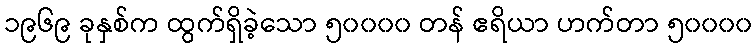
၁၉၆၉ ခုနှစ်က ထွက်ရှိခဲ့သော ၅၀၀၀၀ တန် ဧရိယာ ဟက်တာ ၅၀၀၀၀